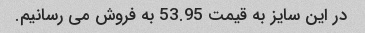
در این سایز به قیمت 53.95 به فروش می رسانیم.